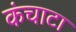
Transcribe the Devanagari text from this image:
कंचाटा